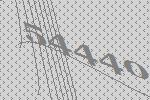
54440